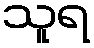
သူရ